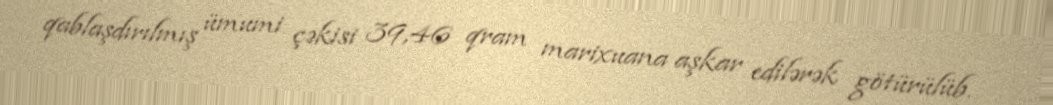
qablaşdırılmış ümumi çəkisi 39,46 qram marixuana aşkar edilərək götürülüb.